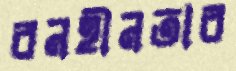
বনহীনতার